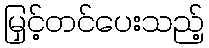
မြှင့်တင်ပေးသည့်